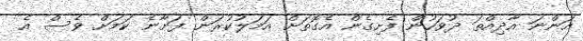
އަންނަ އާދިއްތަ ދުވަހުން ފެށިގެން އެގޮތަށް އަމަލުކުރަން ފަށާނެ ކަމަށް ވެސް އެ